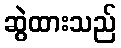
ဆွဲထားသည်